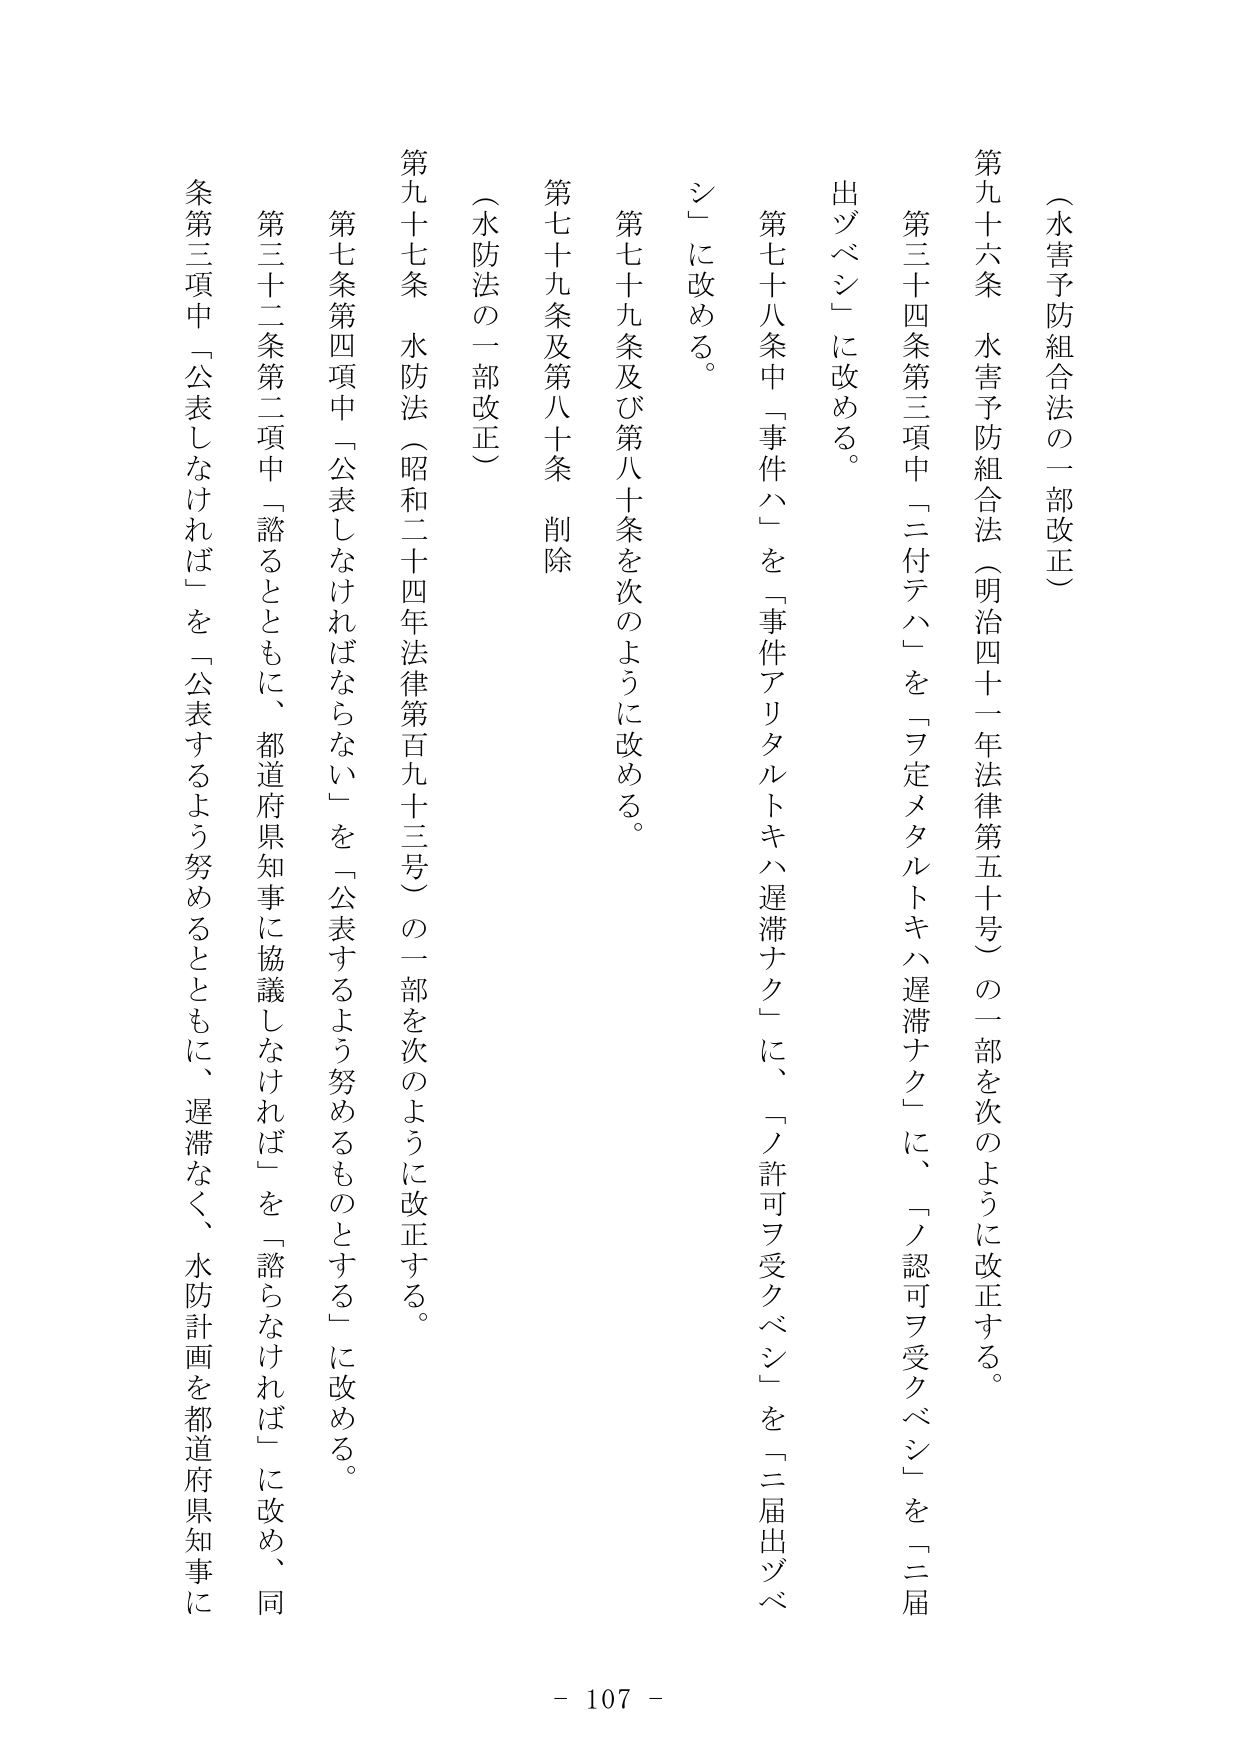
（水害予防組合法の一部改正）

第九十六条　水害予防組合法（明治四十一年法律第五十号）の一部を次のように改正する。

第三十四条第三項中「二付テハ」を「ヲ定メタルトキハ遅滞ナク」に、「ノ認可ヲ受クベシ」を「二届出ヅベシ」に改める。

第七十八条中「事件ハ」を「事件アリタルトキハ遅滞ナク」に、「ノ許可ヲ受クベシ」を「二届出ヅベシ」に改める。

第七十九条及び第八十条を次のように改める。

第七十九条及び第八十条　削除

（水防法の一部改正）

第九十七条　水防法（昭和二十四年法律第百九十三号）の一部を次のように改正する。

第七条第四項中「公表しなければならない」を「公表するよう努めるものとする」に改める。

第三十二条第二項中「諮るとともに、都道府県知事に協議しなければ」を「諮らなければ」に改め、同条第三項中「公表しなければ」を「公表するよう努めるとともに、遅滞なく、水防計画を都道府県知事に

- 107 -